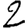
Digit: 2